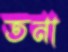
তনা